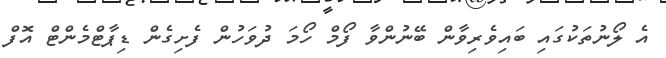
އެ ލޯނުތަކުގައި ބައިވެރިވާން ބޭނުންވާ ފޯމް ހޯމަ ދުވަހުން ފެށިގެން ޑިޕާޓްމެންޓް އޮފް